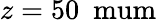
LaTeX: z=50\ \mathrm{\ mum}